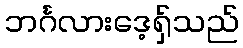
ဘင်္ဂလားဒေ့ရှ်သည်